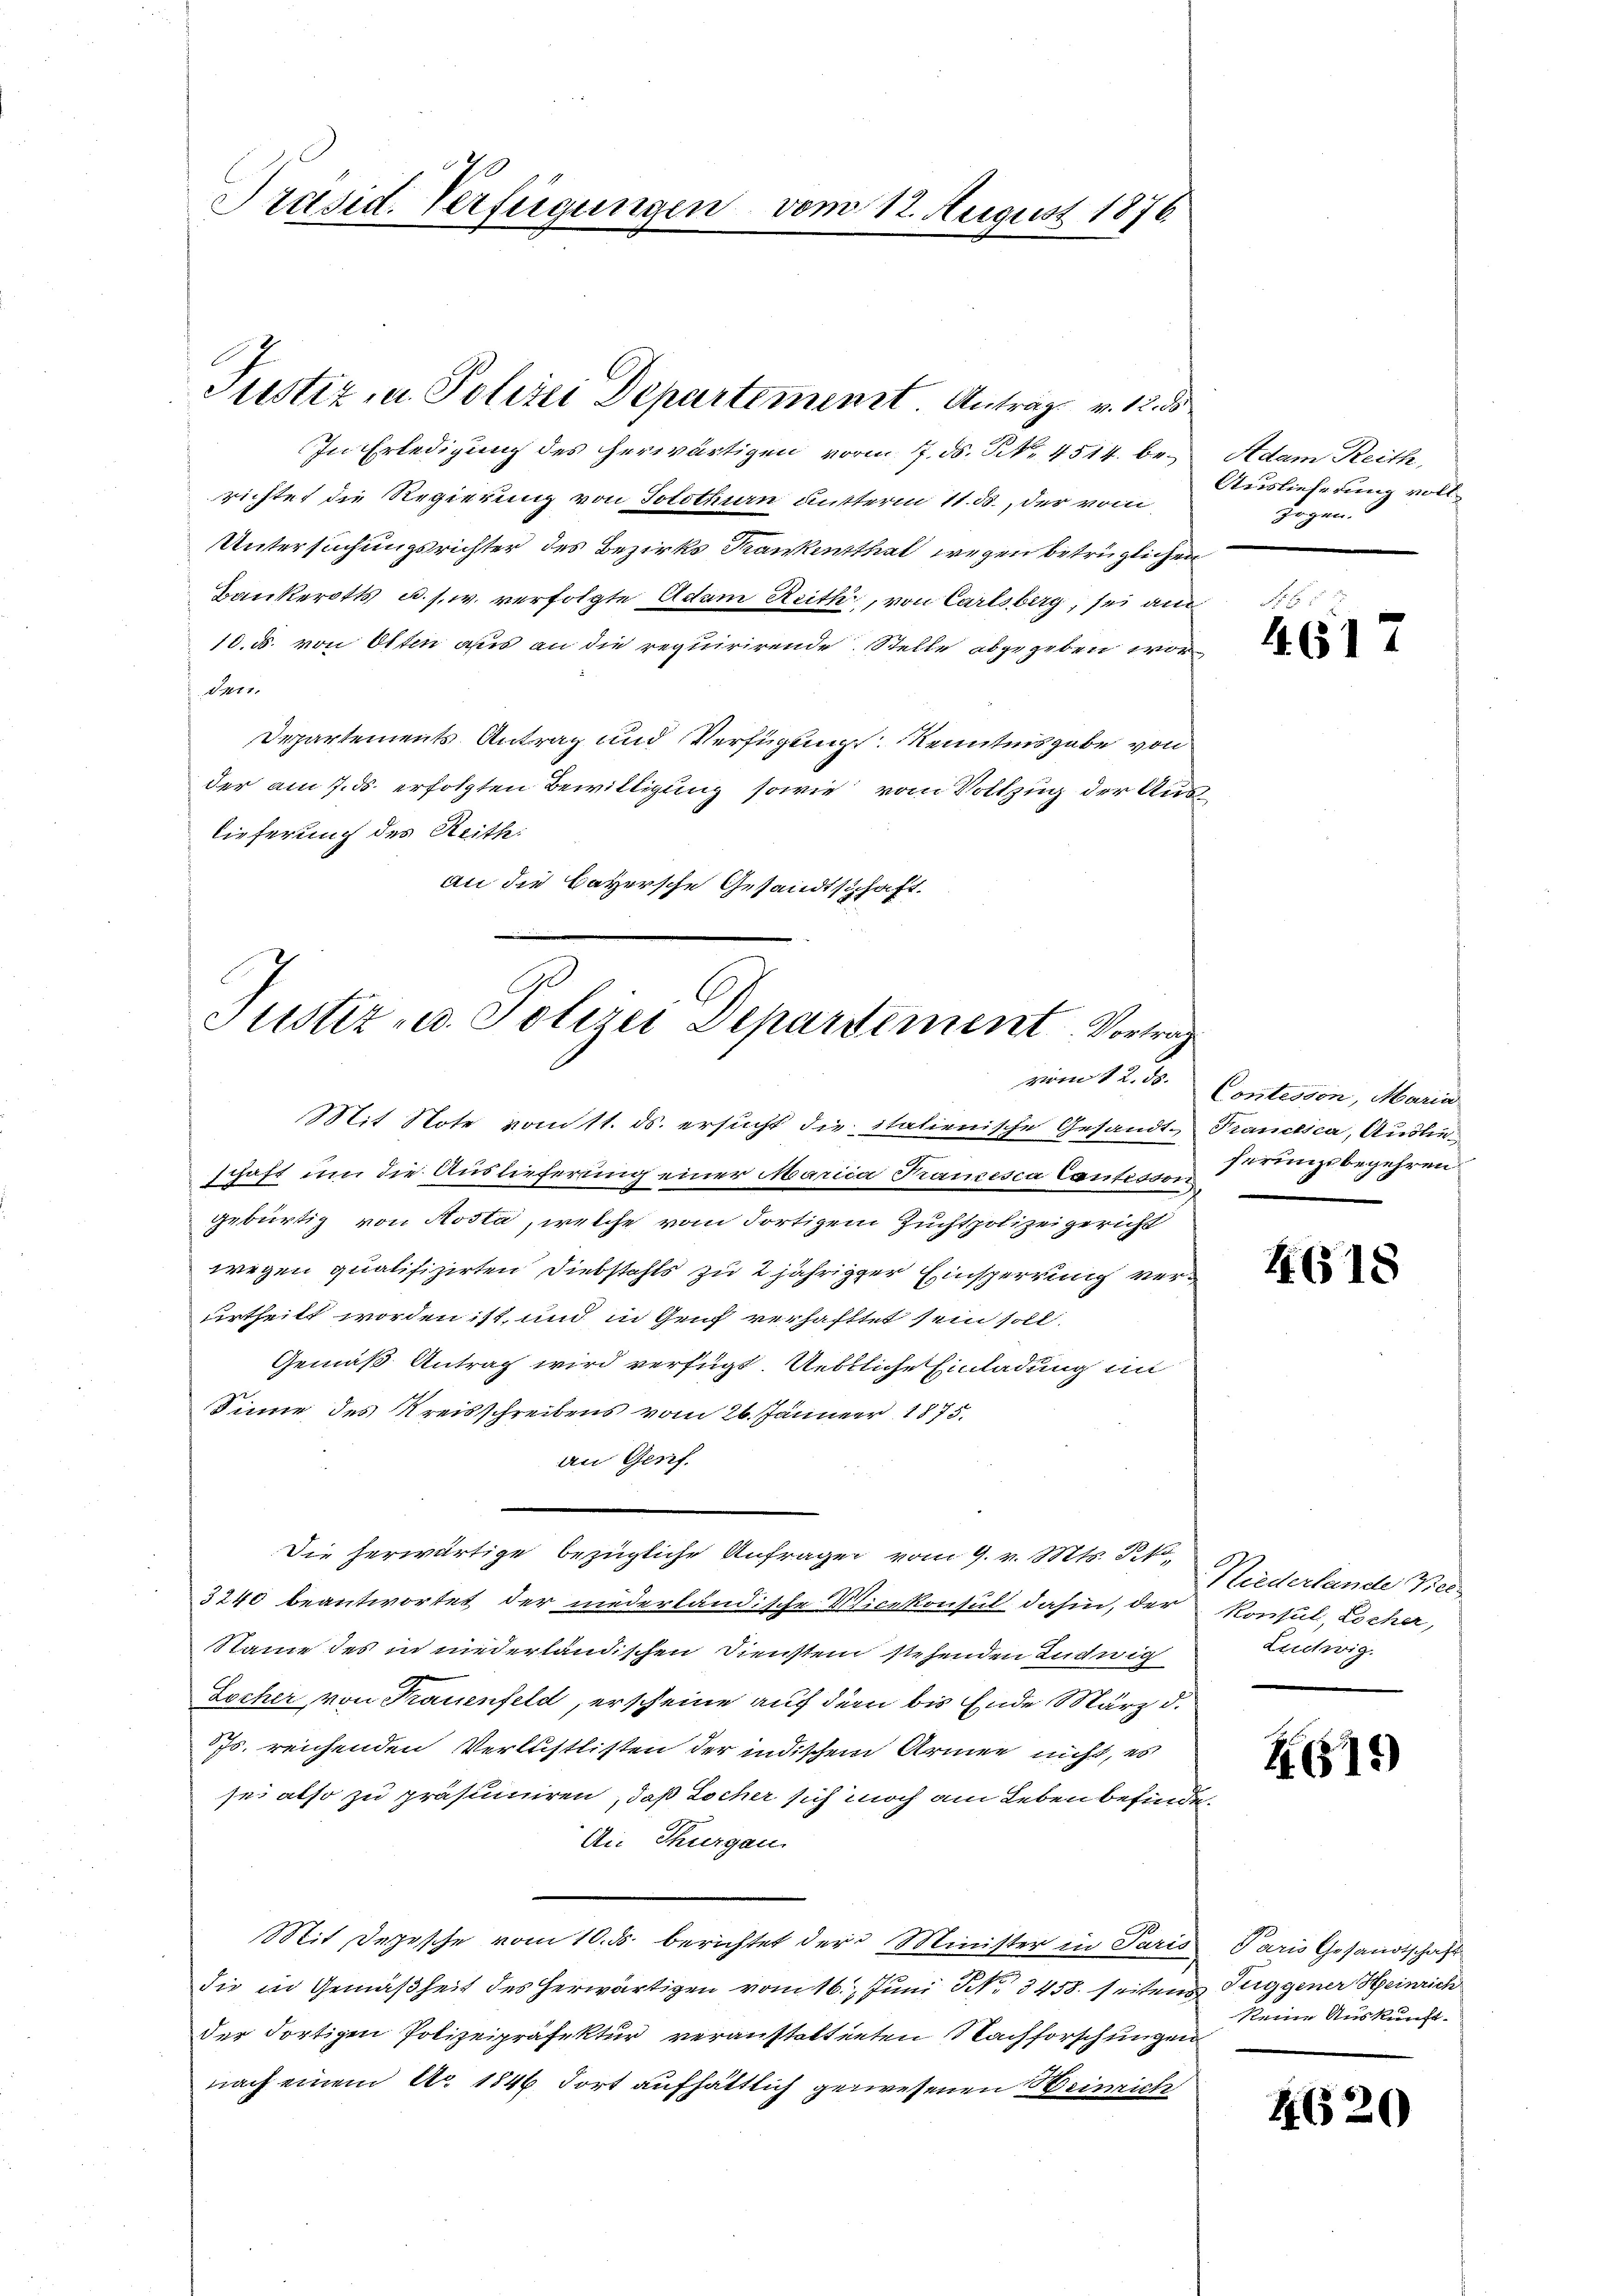
Präsid. Verfügungen vom 12. August 1876

In Erledigung des herwärtigen vorm 17. ds. S. 4514. berichtet die Regierung von Solothurn mutterm 11. ds., der vom
Untersuchungsrichter des Bezirks Krankensthal wegen betrüglichen
Bankerotts u. s. w. verfolgte Adam Reith, von Carlsberg, sei au
10. d. von Otten aus an die requirirende Stelle abgegeben wor
411.
Departements Antrag und Verfügung Kenntnisgabe von
der am 7. ds. erfolgten Bewilligung sowie vom Vollzug der Auslieferung des Reith:
an die Bayersche Gesandtschaft.

Justiz- u. Polizei Departement Antrag v. 12. d

Justiz- u. Polizei Departement. Vortrag
vom 12. 50.

Mit Note vom 11. ds. ersucht die italienische Gesandt-Trancesca, Auslied
schaft um die Auslieferung einer Marica Francesca Cantisson
gebürtig von Kosta, welche vom dortigem Zuchtpolizeigericht
wegen qualifizirten Diebstahls zu 2 jähriger Einsperrung verurtheilt worden ist, und in Genf verhaftet sein soll.
Gemäß Antrag wird verfügt. Uebtliche Einladung an
Sinne des Kreisschreibens vom 26. Jänner 1875.
an Gesef.
Die herwärtige bezügliche Anfrage vom 9. v. Mts. R
3240 beantwortet der niederländische Vicekonsul dahin, der Konsul, Locher,
Name des in niederländischen Diensten stehenden Ludwig
Locher von Frauenfeld, erscheine auf dem bis Ende März d.
Js. reichenden Verlustlisten der indischem Armen nicht, es
sei also zu präsumiren, daß Locher sich noch am Leben befinde
Aie Thurgau.
Mit Depesche vom 10. ds. berichtet der Minister in Paris Paris Gesandtschaft
die in Gemäßheit des herwärtigen vom 16. Juni No 3458. seiten Tuggener Heinrich
der dortigen Polizeipräfektur veranstaltenten Nachforschungen
nach einem Ao 1846 dort aufhältlich gewesenen Weinrich

Adam Reith,
Auslieferung voll
zogen.

4617

Contesson, Maria
ferungsbegehren.

4618

Niederlande Viel
Luctwig.

ZG19)

keine Auskunft.

4620